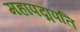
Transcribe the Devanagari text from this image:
महापद्मपति